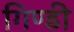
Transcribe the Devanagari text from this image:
गिण्डी